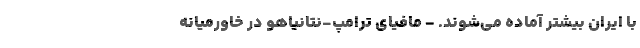
با ایران بیشتر آماده می‌شوند. - مافیای ترامپ-نتانیاهو در خاورمیانه